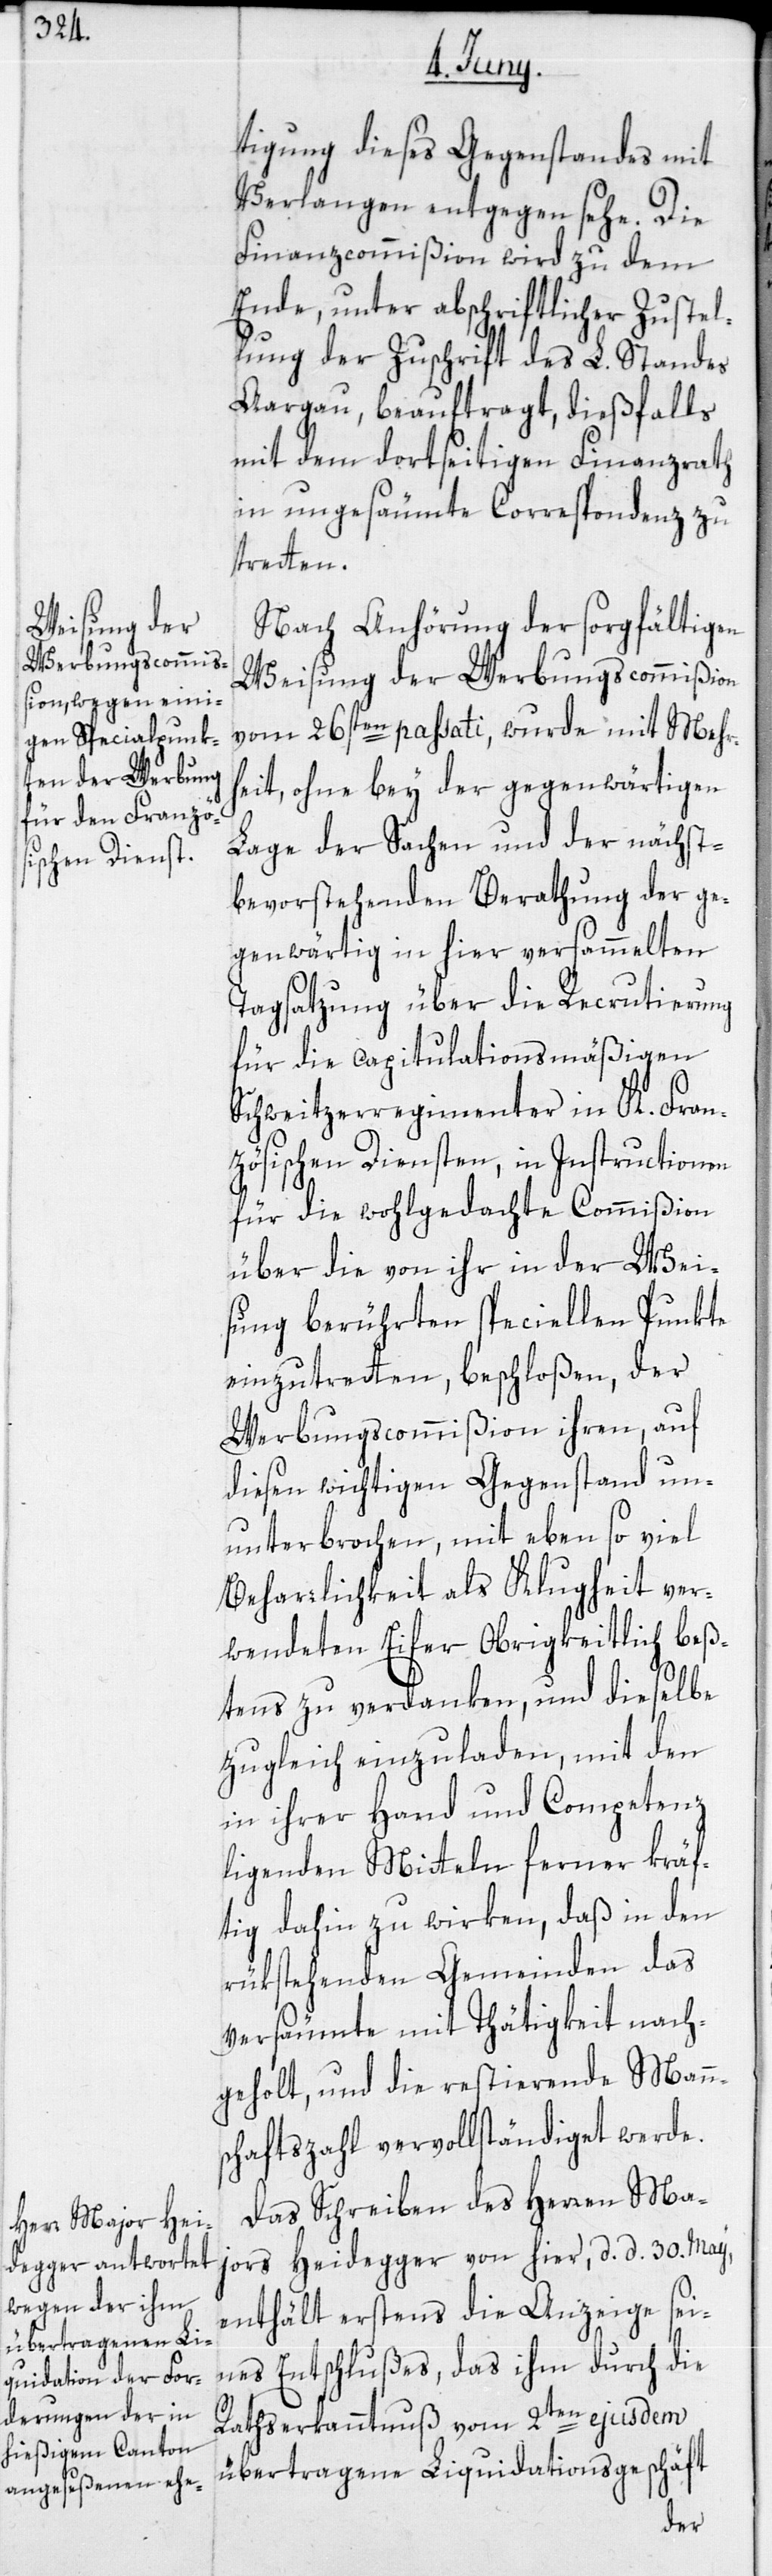
tigung dieses Gegenstandes mit
Verlangen entgegen sehe. Die
Finanzcommißion wird zu dem
Ende, unter abschriftlicher Zustel¬
lung der Zuschrift des L. Standes
Aargau, beauftragt, dießfalls
mit dem dortseitigen Finanzrath
in ungesäumte Correspondenz zu
tretten.
Nach Anhörung der sorgfältigen
Weisung der Werbungscommißion
vom 26sten passati, wurde mit Mehr¬
heit, ohne bey der gegenwärtigen
Lage der Sachen und der nächst¬
bevorstehenden Berathung der ge¬
genwärtig in hier versammelten
Tagsatzung über die Recrutierung
für die capitulationsmäßigen
Schweitzerregimenter in K. Fran¬
zösischen Diensten, in Instructionen
für die wohlgedache Commißion
über die von ihr in der Wei¬
sung berührten speciellen Punkte
einzutretten, beschloßen, der
Werbungscommißion ihren, auf
diesen wichtigen Gegenstand un¬
unterbrochen, mit eben so viel
Beharrlichkeit als Klugheit ver¬
wendeten Eifer Obrigkeitlich beß¬
tens zu verdanken, und dieselbe
zugleich einzuladen, mit den
in ihrer Hand und Competenz
ligenden Mitteln ferner kräf¬
tig dahin zu wirken, daß in den
rükstehenden Gemeinden das
versäumte mit Thätigkeit nach¬
geholt, und die restierende Mann¬
schaftszahl vervollständiget werde.
Das Schreiben des Herren Ma¬
jors Heidegger von hier, d. d. 30sten May,
enthält erstens die Anzeige sei¬
nes Entschlußes, daß ihm durch die
Rathserkanntnuß vom 2ten ejusdem
übertragene Liquidationsgeschäft